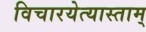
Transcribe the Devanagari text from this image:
विचारयेत्यास्ताम्